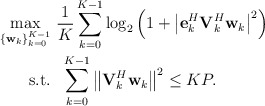
\begin{align*} \begin{aligned} \mathop {\max }\limits_{ \left\{ {{{\bf{w}}_k}} \right\}_{k = 0}^{K - 1} }& \ \frac{1}{{K}}\sum\limits_{k = 0}^{K - 1} {{{\log }_2}\left( {1 + {{\left| {{\bf{e}}_k^H{\bf{V}}_k^H{{\bf{w}}_k}} \right|}^2}} \right)}\\ {\rm{s.t.}} &\ \ \sum\limits_{k = 0}^{K - 1} {{{\left\| {{{\bf{V}}_k^H}{{\bf{w}}_k}} \right\|}^2}} \le KP. \end{aligned} \end{align*}